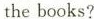
the books?